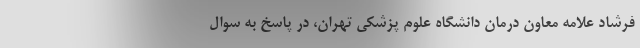
فرشاد علامه معاون درمان دانشگاه علوم پزشکی تهران، در پاسخ به سوال